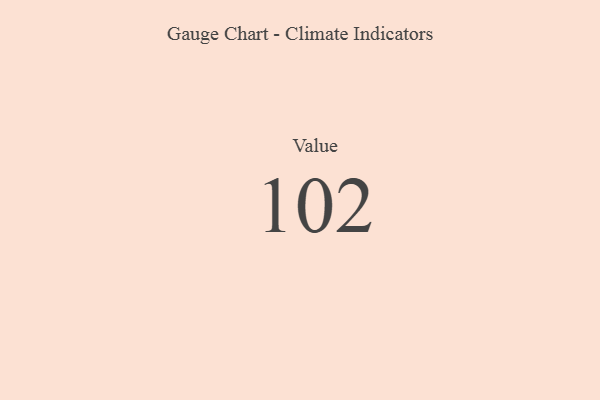
{"axis": {"x": "Metric", "y": "Value"}, "legend": [""], "data": [{"x": "Value", "y": 102, "type": ""}]}